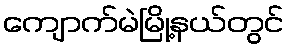
ကျောက်မဲမြို့နယ်တွင်